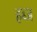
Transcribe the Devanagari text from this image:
हब्ज